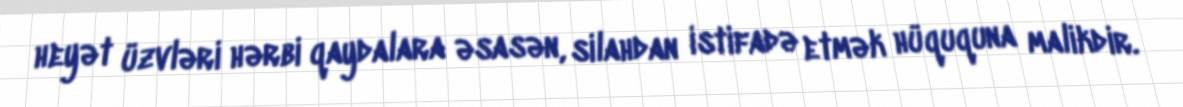
heyət üzvləri hərbi qaydalara əsasən, silahdan istifadə etmək hüququna malikdir.